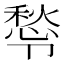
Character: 𭅿